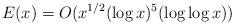
LaTeX: \begin{align*}E(x) = O(x^{1/2} (\log x)^5 (\log \log x)) \end{align*}